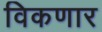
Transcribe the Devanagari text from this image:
विकणार